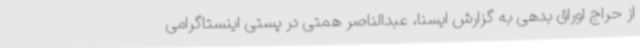
از حراج اوراق بدهی به گزارش ایسنا، عبدالناصر همتی در پستی اینستاگرامی